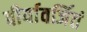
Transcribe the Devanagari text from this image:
वीर्यावर्जितं